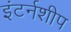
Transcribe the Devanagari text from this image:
इंटर्नशीप